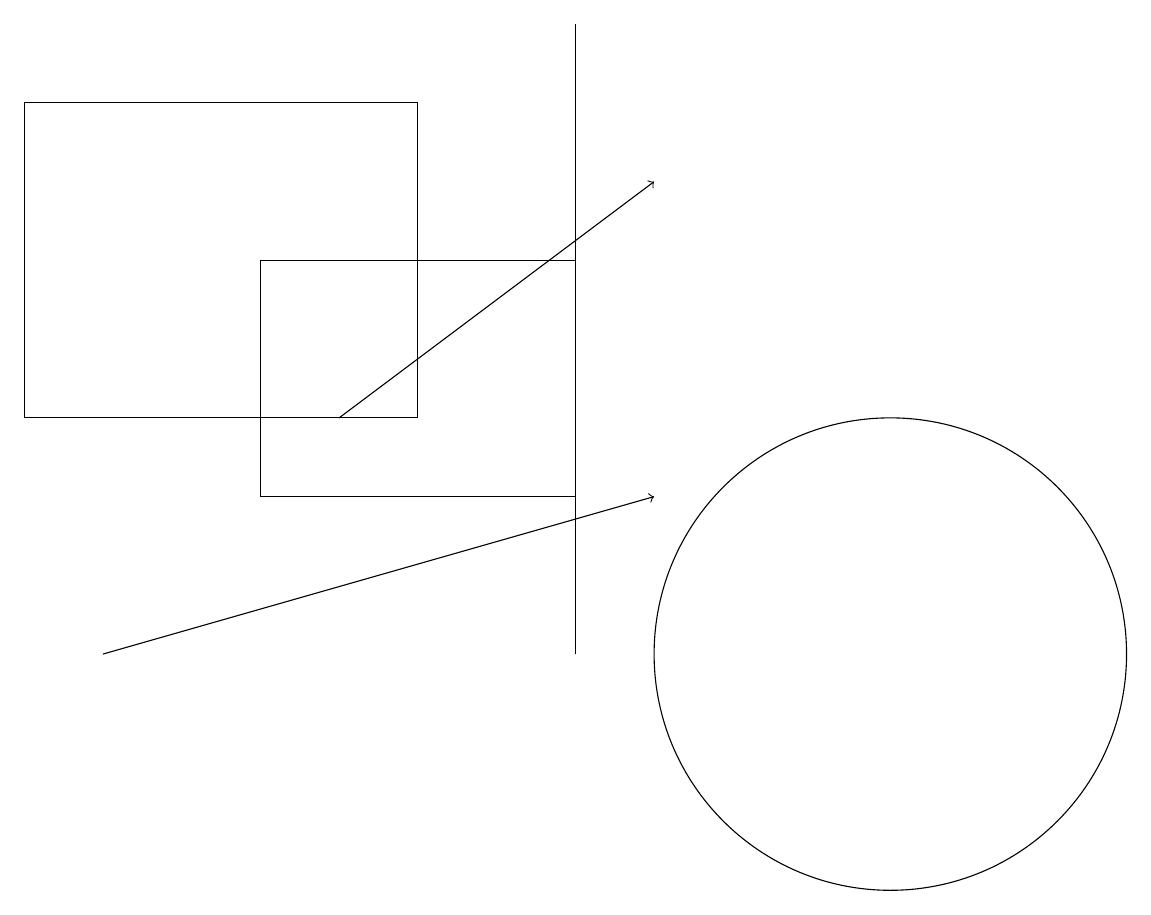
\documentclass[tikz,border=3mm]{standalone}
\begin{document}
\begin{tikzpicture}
\draw (7,12) rectangle (3,15);
\draw (11,10) circle (3);
\draw[->] (4,13) -- (8,16);
\draw (0,17) rectangle (5,13);
\draw[->] (1,10) -- (8,12);
\draw (7,18) rectangle (7,10);
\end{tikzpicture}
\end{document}